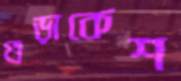
গুড়াকেশ